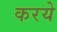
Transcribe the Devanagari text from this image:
करये